Eesti_Evangeeliumi_Luteri_Usu_Konsistoorium, lk 6
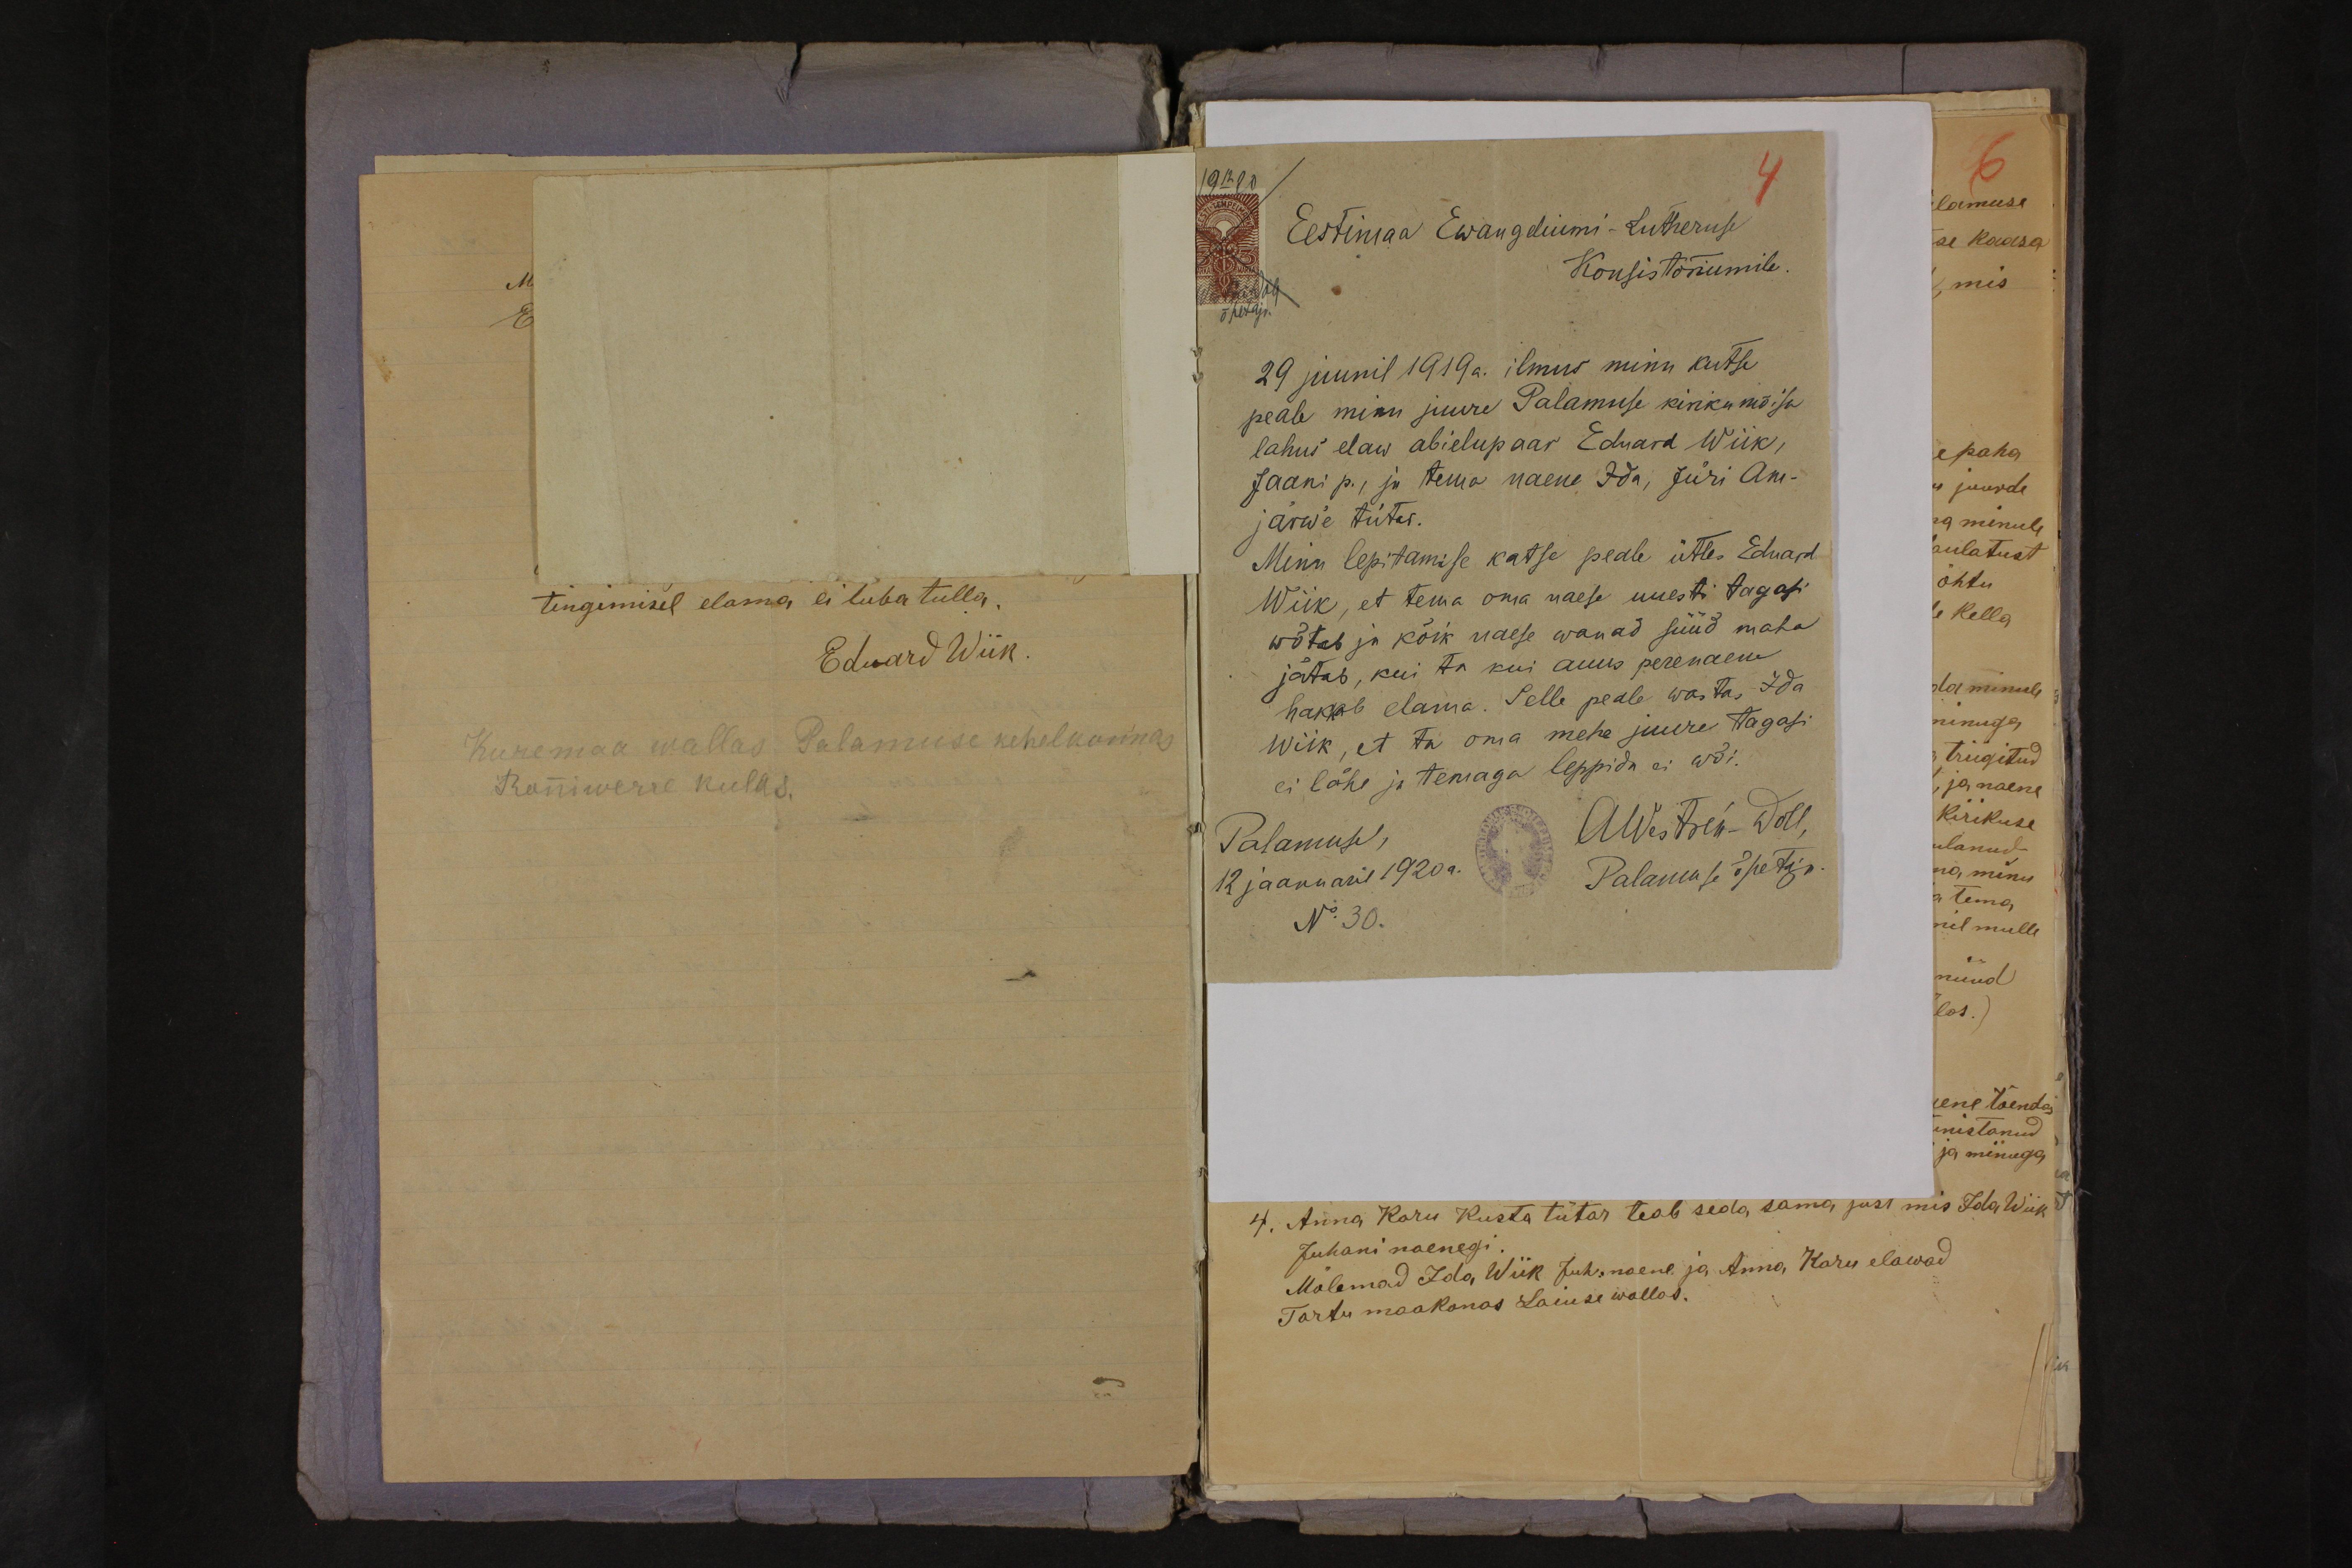
4
Eestimaa Ewangeliumi-Lutheruse
Konsistoriumile
29 juunil 1919a. ilmus minu kutse
peale minu juure Palamuse kirikumõisa
lahus elaw abielupaar Eduard Wiik,
Jaani p., ja tema naene Ida, Jüri Am-
järw'e tütar.
Minu lepitamise katse peale ütles Eduard
Wiik, et tema oma naese uuesti tagasi
wõtab ja kõik naese wanad süüd maha
jätab, kui ta kui auus perenaene
hakab elama. Selle peale wastas Ida
Wiik, et ta oma mehe juure tagasi
ei lähe ja temaga leppida ei wõi.
Palamusel,
AWestrén-Doll
12 jaanuaril 1920a.
Palamuse õpetaja
No 30.